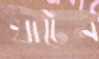
খাটেন